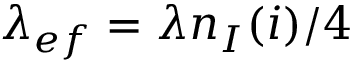
\lambda _ { e f } = \lambda n _ { I } ( i ) / 4